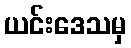
ယင်းဒေသမှ